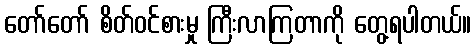
တော်တော် စိတ်ဝင်စားမှု ကြီးလာကြတာကို တွေ့ရပါတယ်။